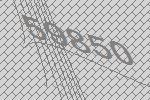
59850